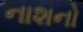
નાશનો